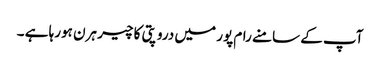
آپ کے سامنے رام پور میں دروپتی کا چیر ہرن ہورہا ہے ۔